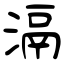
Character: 滆